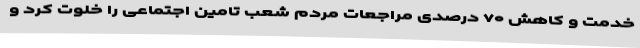
خدمت و کاهش ۷۰ درصدی مراجعات مردم شعب تامین اجتماعی را خلوت کرد و